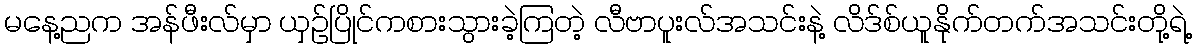
မနေ့ညက အန်ဖီးလ်မှာ ယှဉ်ပြိုင်ကစားသွားခဲ့ကြတဲ့ လီဗာပူးလ်အသင်းနဲ့ လိဒ်စ်ယူနိုက်တက်အသင်းတို့ရဲ့